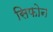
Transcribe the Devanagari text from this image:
सिफोन